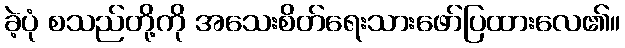
ခဲ့ပုံ စသည်တို့ကို အသေးစိတ်ရေးသားဖော်ပြထားလေ၏။